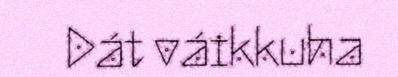
Dát váikkuha